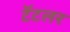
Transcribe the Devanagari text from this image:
टॅटलर